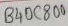
Text: B40C800